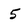
Character: 5